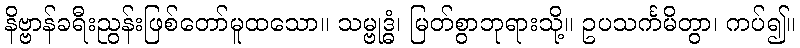
နိဗ္ဗာန်ခရီးညွန်းဖြစ်တော်မူထသော။ သမ္ဗုဒ္ဓံ၊ မြတ်စွာဘုရားသို့။ ဥပသင်္ကမိတွာ၊ ကပ်၍။